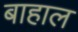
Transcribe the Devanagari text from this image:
बाहाल